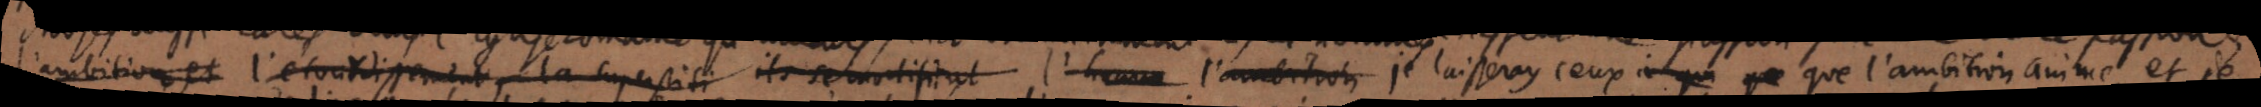
l’ambition et l’étourdissement, la superstition ils se modifient l’homme l’ambition je laisseray ceux que que l’ambition anime et je